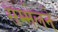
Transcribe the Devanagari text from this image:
सम्मेलने